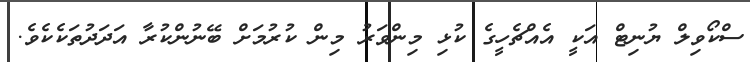
ސްކޯވިލް ޔުނިޓް އަކީ އެއްޗެހީގެ ކުޅި މިންވަރު މިން ކުރުމަށް ބޭނުންކުރާ އަދަދުތަކެކެވެ.